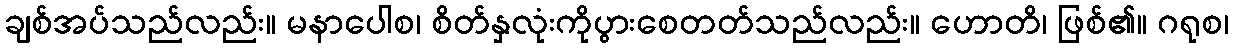
ချစ်အပ်သည်လည်း။ မနာပေါစ၊ စိတ်နှလုံးကိုပွားစေတတ်သည်လည်း။ ဟောတိ၊ ဖြစ်၏။ ဂရုစ၊